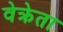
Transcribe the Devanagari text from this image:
वेक्रेता